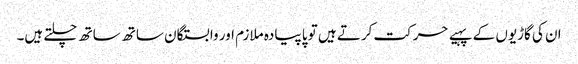
ان کی گاڑیوں کے پہیے حرکت کرتے ہیں تو پا پیادہ ملازم اور وابستگان ساتھ ساتھ چلتے ہیں۔